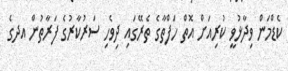
ކެޑްމަން ވިދާޅުވީ ކުރިއަށް އޮތް ހަފްތާގެ ތެރޭގައި ދިވެހި ސަރުކާރުގެ ފަރާތުން އދގެ